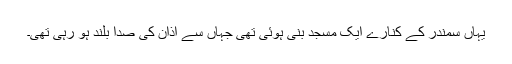
یہاں سمندر کے کنارے ایک مسجد بنی ہوئی تھی جہاں سے اذان کی صدا بلند ہو رہی تھی۔